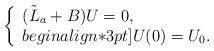
LaTeX: \begin{align*}\left\{\begin{array}{lll}({\tilde L}_a+B)U=0,\\begin{align*}3pt]U(0)=U_0.\end{array}\right.\end{align*}